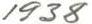
1938